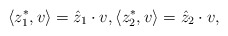
\begin{align*}\langle z_1^*, v\rangle = \hat z_1 \cdot v,\langle z_2^*,v\rangle = \hat z_2\cdot v,\end{align*}